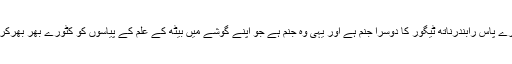
آج اگر دنیا ہم سے پوچھے کہ آپ پاس کیا ہے تو ہم کہہ سکتے ہیں کہ ہمارے پاس رابندرناتھ ٹیگور کا دوسرا جنم ہے اور یہی وہ جنم ہے جو اپنے گوشے میں بیٹھ کے علم کے پیاسوں کو کٹورے بھر بھرکر پلا رہا ہے، خیر پھیلا رہا ہے، نوجوانوں کو سمت دینے کا کام کررہا ہے۔